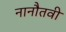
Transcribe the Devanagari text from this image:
नानौतवी